Leaving Certificate Examination (including Day School Certificate (Higher) General paper), 1932
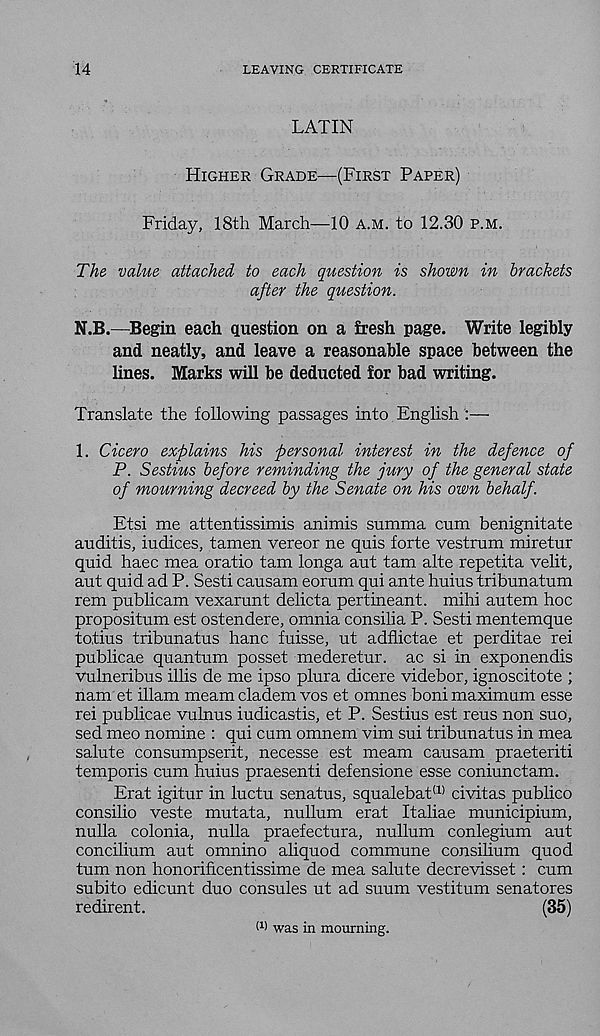
14
LEAVING CERTIFICATE
LATIN
HIGHER GRADE—(FIRST PAPER)
Friday, 18th March—10 A.M. to 12.30 P.M.
The value attached to each question is shown in brackets
after the question.
N.B.—Begin each question on a fresh page. Write legibly
and neatly, and leave a reasonable space between the
lines. Marks will be deducted for bad writing.
Translate the following passages into English :—
1. Cicero explains his personal interest in the defence of
P. Sestius before reminding the jury of the general state
of mourning decreed by the Senate on his own behalf.
Etsi me attentissimis animis summa cum benignitate
auditis, indices, tamen vereor ne quis forte vestrum miretur
quid haec mea oratio tarn longa aut tarn alte repetita velit,
aut quid ad P. Sesti causam eorum qui ante huius tribunatum
rem publicam vexarunt delicta pertineant. mihi autem hoc
propositum est ostendere, omnia consilia P. Sesti mentemque
to,tins tribunatus hanc fuisse, ut adflictae et perditae rei
publicae quantum posset mederetur. ac si in exponendis
vulneribus illis de me ipso plura dicere videbor, ignoscitote ;
nam et illam meam cladem vos et omnes boni maximum esse
rei publicae vulnus iudicastis, et P. Sestius est reus non suo,
sed meo nomine : qui cum omnem vim sui tribunatus in mea
salute consumpserit, necesse est meam causam praeteriti
temporis cum huius praesenti defensione esse coniunctam.
Erat igitur in luctu senatus, squalebat (1) civitas publico
consilio veste mutata, nullum erat Italiae municipium,
nulla colonia, nulla praefectura, nullum conlegium aut
concilium aut omnino aliquod commune consilium quod
turn non honorificentissime de mea salute decrevisset : cum
subito edicunt duo consules ut ad suum vestitum senatores
redirent.
(35)
M was in mourning.